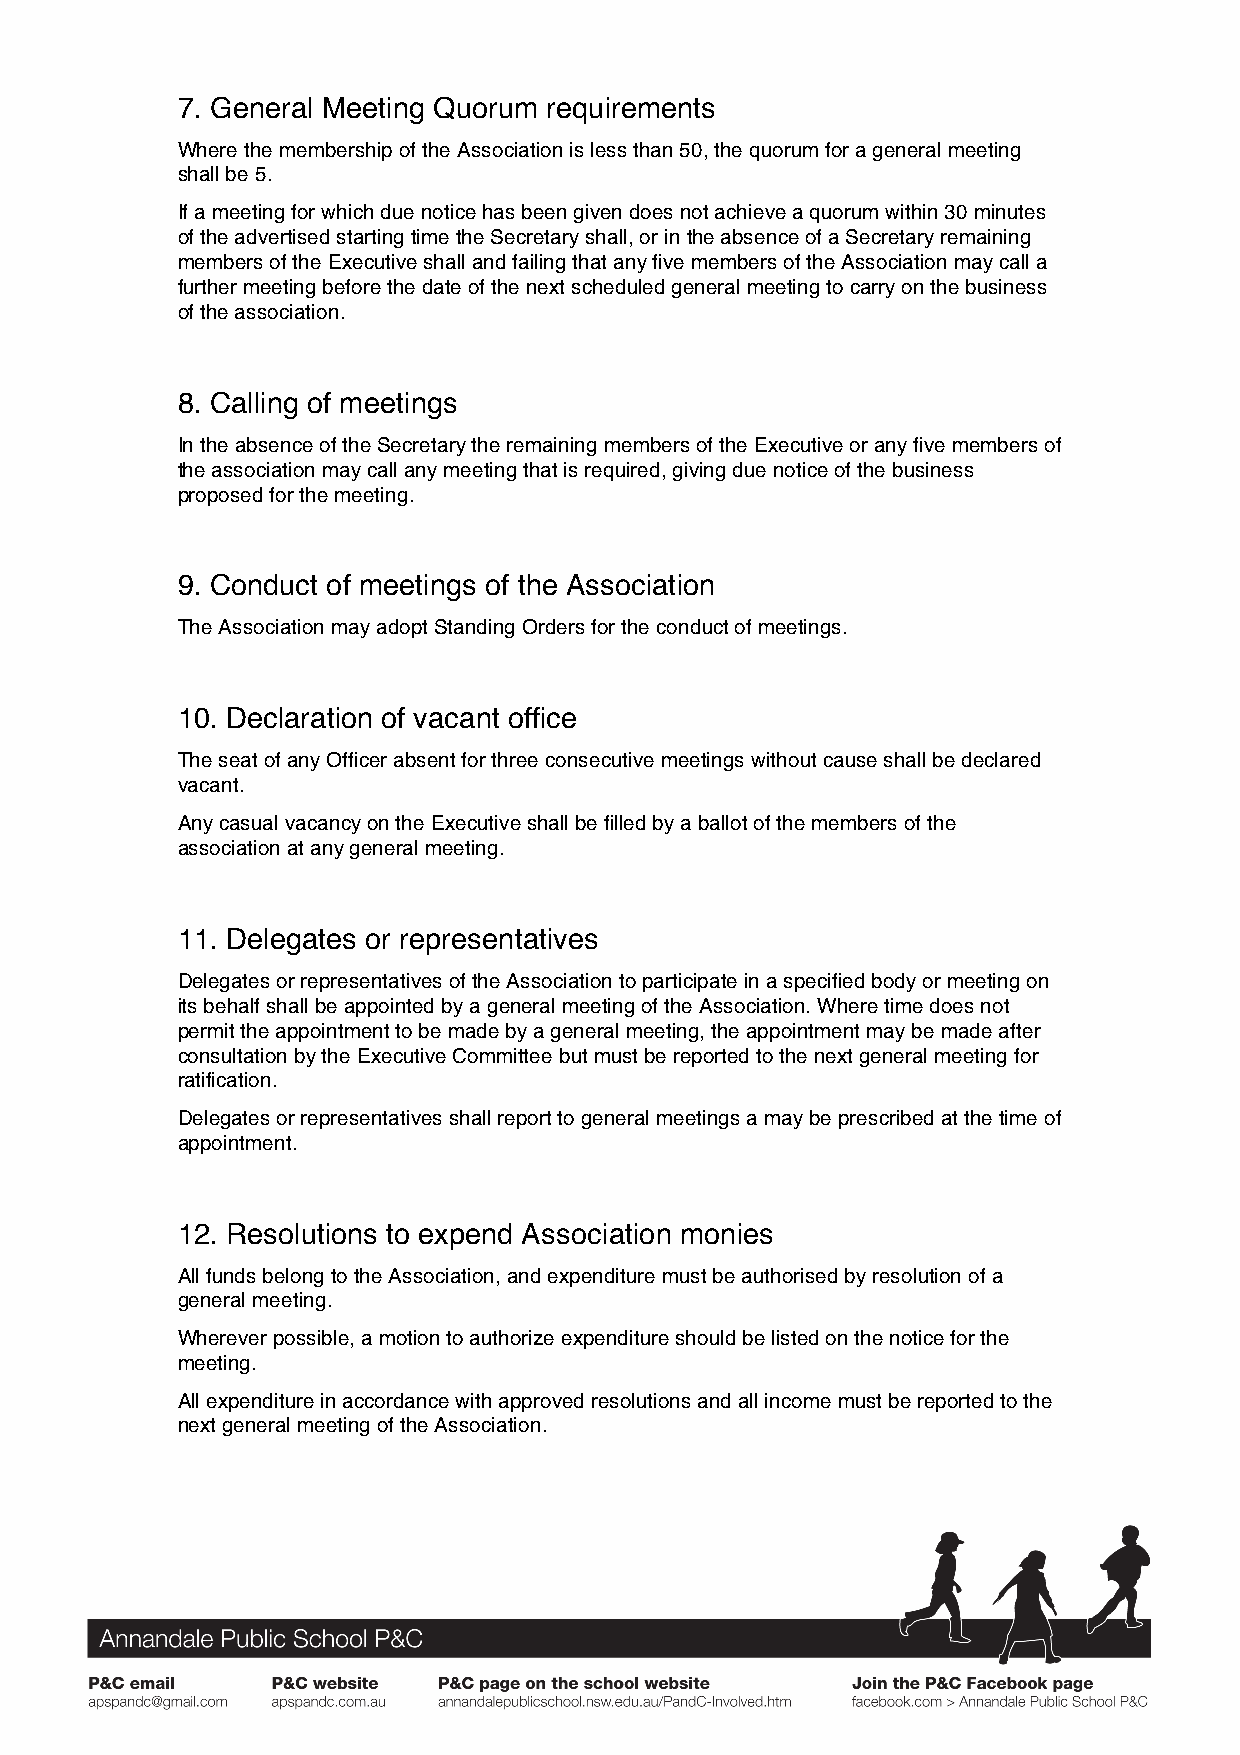
7. General Meeting Quorum requirements
 Where the membership of the Association is less than 50, the quorum for a general meeting
 shall be 5.
 If a meeting for which due notice has been given does not achieve a quorum within 30 minutes
 of the advertised starting time the Secretary shall, or in the absence of a Secretary remaining
 members of the Executive shall and failing that any five members of the Association may call a
 further meeting before the date of the next scheduled general meeting to carry on the business
 of the association.
 8. Calling of meetings
 In the absence of the Secretary the remaining members of the Executive or any five members of
 the association may call any meeting that is required, giving due notice of the business
 proposed for the meeting.
 9. Conduct of meetings of the Association
 The Association may adopt Standing Orders for the conduct of meetings.
 10. Declaration of vacant office
 The seat of any Officer absent for three consecutive meetings without cause shall be declared
 vacant.
 Any casual vacancy on the Executive shall be filled by a ballot of the members of the
 association at any general meeting.
 11. Delegates or representatives
 Delegates or representatives of the Association to participate in a specified body or meeting on
 its behalf shall be appointed by a general meeting of the Association. Where time does not
 permit the appointment to be made by a general meeting, the appointment may be made after
 consultation by the Executive Committee but must be reported to the next general meeting for
 ratification.
 Delegates or representatives shall report to general meetings a may be prescribed at the time of
 appointment.
 12. Resolutions to expend Association monies
 All funds belong to the Association, and expenditure must be authorised by resolution of a
 general meeting.
 Wherever possible, a motion to authorize expenditure should be listed on the notice for the
 meeting.
 All expenditure in accordance with approved resolutions and all income must be reported to the
 next general meeting of the Association.